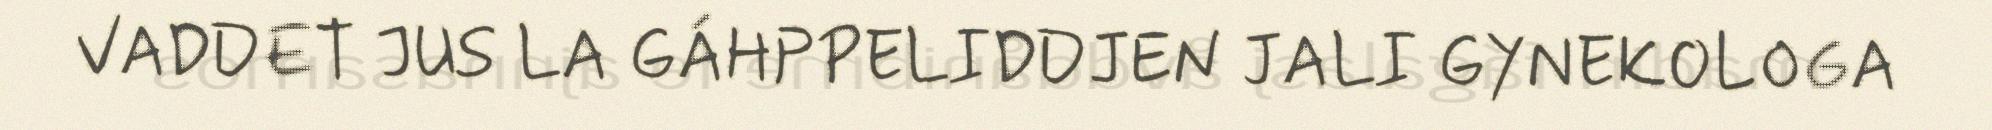
VADDET JUS LA GÁHPPELIDDJEN JALI GYNEKOLOGA